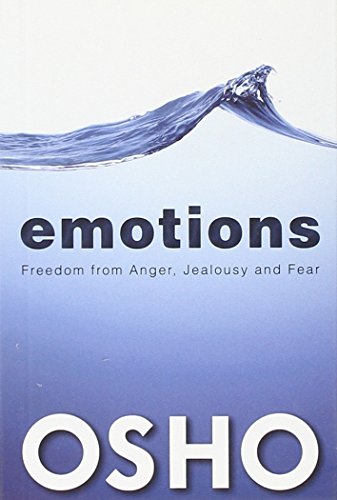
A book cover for Emotions: Freedom from Anger, Jealousy and Fear; Osho; Self-Help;